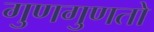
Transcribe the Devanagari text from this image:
गुणगुणतो